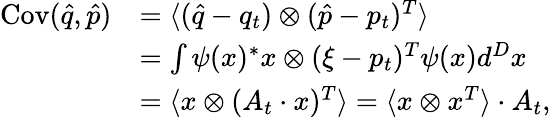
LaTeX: \begin{array}{rl}{\operatorname{Cov}(\hat{q},\hat{p})}&{=\langle(\hat{q}-q_{t})\otimes(\hat{p}-p_{t})^{T}\rangle}\\ &{=\int\psi(x)^{\ast}x\otimes(\xi-p_{t})^{T}\psi(x)d^{D}x}\\ &{=\langle x\otimes(A_{t}\cdot x)^{T}\rangle=\langle x\otimes x^{T}\rangle\cdot A_{t},}\end{array}